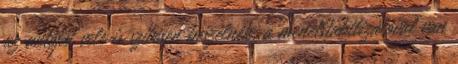
az autóját vele is szívesen beszélnék. a menetstabilizálóval van